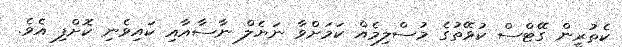
ކެތުރީން ގޭޓްސް ކުވޭތުގެ މުސްލިމެއް ކަމަށްވާ ނަޔެލް ނާސާއާއި ކައިވެނި ކޮށްފި އެވެ.